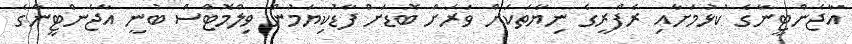
އާޖެންޓީނާގެ ކުޅުމަށާއި ރެފްރީގެ ނިޔާތަކަށް ވަރަށް ބޮޑަށް ފާޑުކިޔަމުން ވިލްމޮޓްސް ބުނީ އާޖެންޓީނާގެ